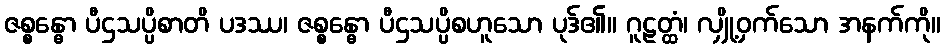
ဇစ္စန္ဓော ပီဌသပ္ပိစာတိ ပဒဿ၊ ဇစ္စန္ဓော ပီဌသပ္ပိစဟူသော ပုဒ်၏။ ဂူဠတ္ထံ၊ လျှို့ဝှက်သော အနက်ကို။